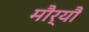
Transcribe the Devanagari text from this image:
मौर्यौं